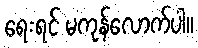
ရေးရင် မကုန်လောက်ပါ။